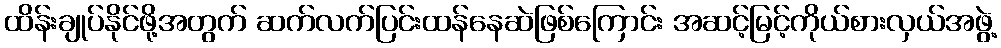
ထိန်းချုပ်နိုင်ဖို့အတွက် ဆက်လက်ပြင်းထန်နေဆဲဖြစ်ကြောင်း အဆင့်မြင့်ကိုယ်စားလှယ်အဖွဲ့